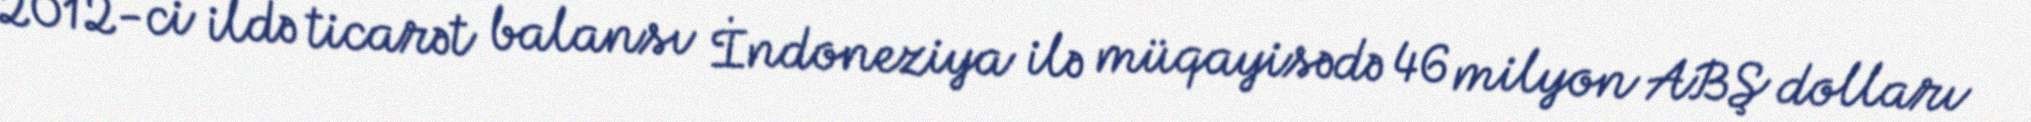
2012-ci ildə ticarət balansı İndoneziya ilə müqayisədə 46 milyon ABŞ dolları